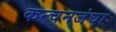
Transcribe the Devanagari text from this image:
कन्चनजंघा